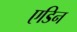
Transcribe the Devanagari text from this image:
एडिन